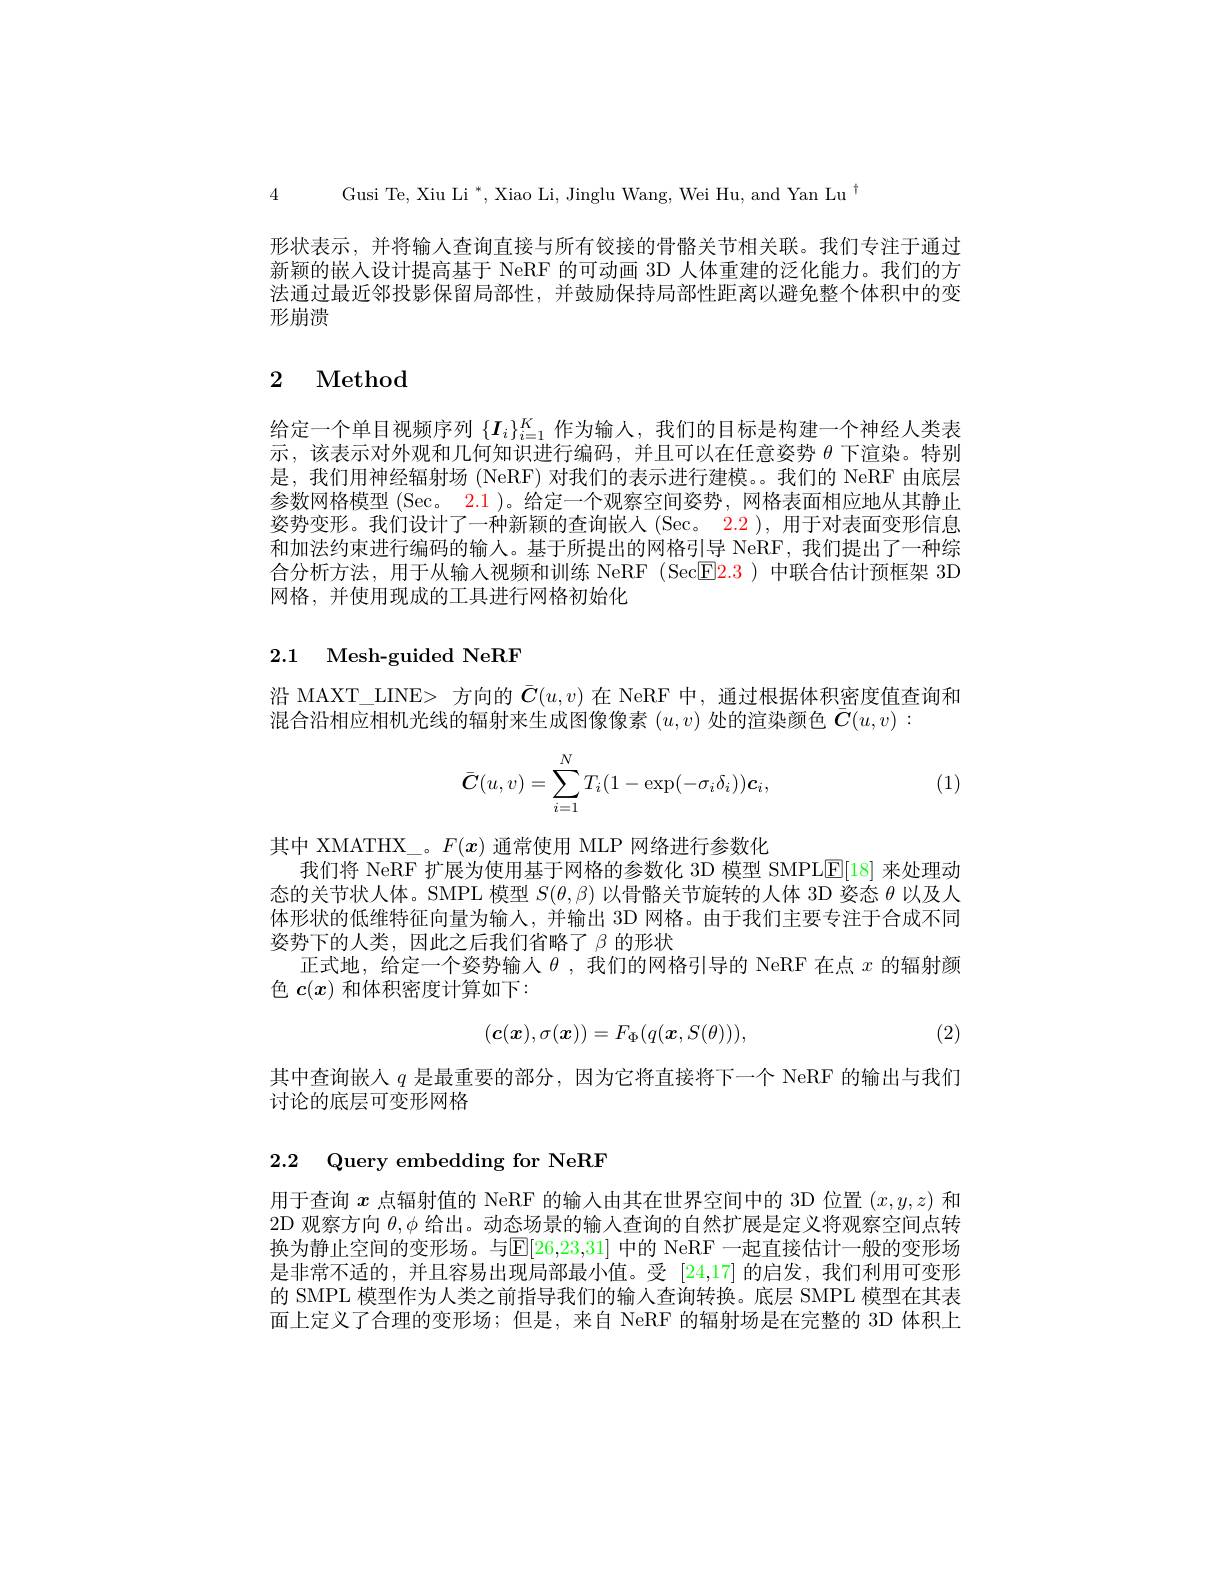
4 Gusi Te, Xiu Li $^*$, Xiao Li, Jinglu Wang, Wei Hu, and Yan Lu$^{\dagger}$

形状表示，并将输人查询直接与所有铰接的骨骼关节相关联。我们专注于通过新颖的嵌入设计提高基于 NeRF 的可动画 3D 人体重建的泛化能力。我们的方法通过最近邻投影保留局部性，并鼓励保持局部性距离以避免整个体积中的变形崩溃

## 2 Method

给定一个单目视频序列$\{\boldsymbol{I}_i\}_{i=1}^K$作为输人，我们的目标是构建一个神经人类表示，该表示对外观和几何知识进行编码，并且可以在任意姿势$\theta$下渲染。特别是，我们用神经辐射场 (NeRF)对我们的表示进行建模。我们的 NeRF 由底层参数网格模型 (Sec。2.1 )。给定一个观察空间姿势，网格表面相应地从其静止姿势变形。我们设计了一种新颖的查询嵌人 (Sec。2.2 ), 用于对表面变形信息和加法约束进行编码的输人。基于所提出的网格引导 NeRF, 我们提出了一种综合分析方法，用于从输人视频和训练 NeRF (Sec$\boxed{\mathrm{F}}2.3)$中联合估计预框架 3D 网格，并使用现成的工具进行网格初始化

## 2.1 Mesh-guided NeRF

沿 MAXT\_LINE> 方向的$\bar{C}(u,v)$在 NeRF 中，通过根据体积密度值查询和
混合沿相应相机光线的辐射来生成图像像素$(u,v)$处的渲染颜色$\bar{\boldsymbol{C}}(u,v):$
$$\bar{\boldsymbol{C}}(u,v)=\sum_{i=1}^NT_i(1-\exp(-\sigma_i\delta_i))\boldsymbol{c}_i,$$
(1)

其中 XMATHX\_。$F(x)$通常使用 MLP 网络进行参数化
我们将 NeRF 扩展为使用基于网格的参数化 3D 模型 SMPLE[18]来处理动态的关节状人体。SMPL 模型$S(\theta,\beta)$以骨骼关节旋转的人体 3D 姿态$\theta$以及人体形状的低维特征向量为输入，并输出 3D 网格。由于我们主要专注于合成不同姿势下的人类，因此之后我们省略了$\beta$的形状
正式地，给定一个姿势输入$\theta$ ,我们的网格引导的 NeRF 在点$x$的辐射颜
色$c(x)$和体积密度计算如下：
$$(\boldsymbol{c}(\boldsymbol{x}),\sigma(\boldsymbol{x}))=F_\Phi(q(\boldsymbol{x},S(\theta))),$$
(2)

其中查询嵌人$q$是最重要的部分，因为它将直接将下一个 NeRF 的输出与我们
讨论的底层可变形网格

## 2.2 Query embedding for NeRF

用于查询$x$点辐射值的 NeRF 的输入由其在世界空间中的 3D 位置$(x,y,z)$和2D 观察方向$\theta,\phi$给出。动态场景的输入查询的自然扩展是定义将观察空间点转换为静止空间的变形场。与$\mathbb{E}[26,23,31]$ 中的 NeRF 一起直接估计一般的变形场是非常不适的，并且容易出现局部最小值。受[24,17]的启发，我们利用可变形的 SMPL 模型作为人类之前指导我们的输入查询转换。底层 SMPL 模型在其表面上定义了合理的变形场；但是，来自 NeRF 的辐射场是在完整的 3D 体积上